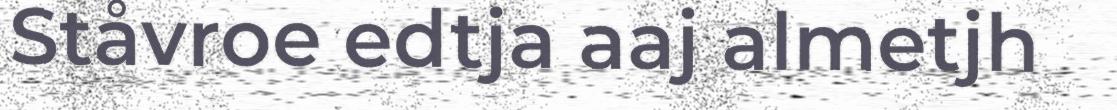
Ståvroe edtja aaj almetjh